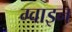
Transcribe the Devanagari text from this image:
ग्वाइन